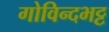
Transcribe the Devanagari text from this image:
गोविन्दभट्ट